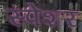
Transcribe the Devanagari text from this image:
स्पेंशर